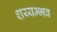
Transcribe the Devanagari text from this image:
शय्यम्भव